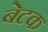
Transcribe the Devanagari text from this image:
बेटक